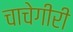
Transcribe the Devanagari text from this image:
चाचेगीरी